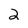
Character: 2